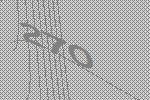
270